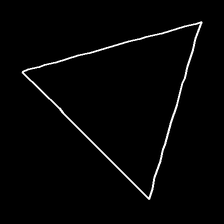
Glyph: convergence